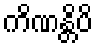
ကိဏန္တိပိ